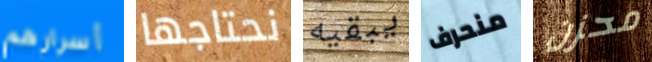
أسرارهم نحتاجها يبقيه منحرف محزن